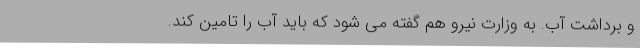
و برداشت آب. به وزارت نیرو هم گفته می شود که باید آب را تامین کند.